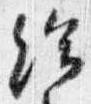
給